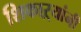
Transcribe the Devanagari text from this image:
शिकाऱ्यांनी